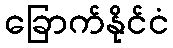
ခြောက်နိုင်ငံ